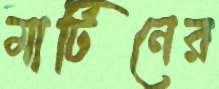
মার্টিনের